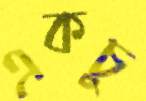
একচু